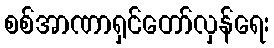
စစ်အာဏာရှင်တော်လှန်ရေး